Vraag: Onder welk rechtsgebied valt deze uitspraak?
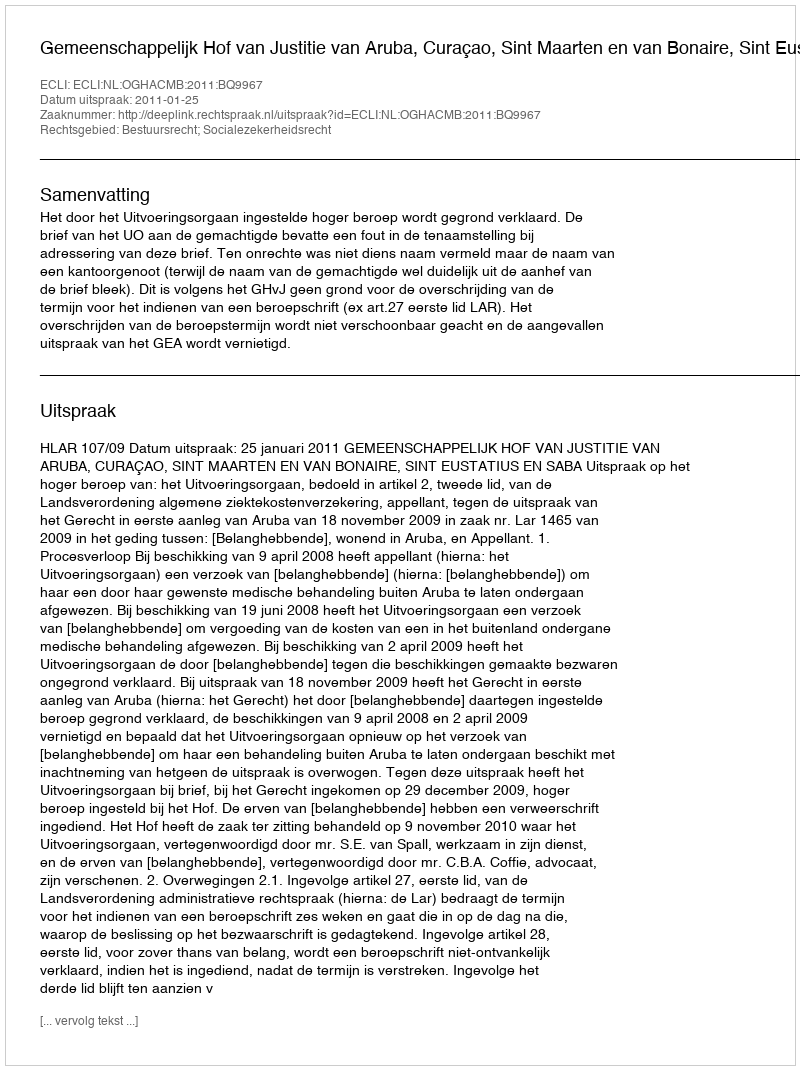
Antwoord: Bestuursrecht; Socialezekerheidsrecht